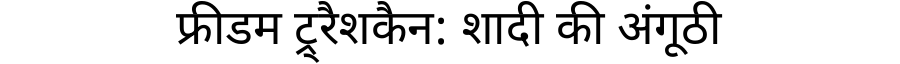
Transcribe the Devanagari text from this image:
फ्रीडम ट्र्रैशकैन: शादी की अंगूठी